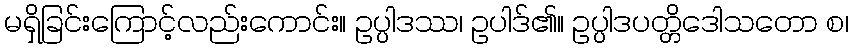
မရှိခြင်းကြောင့်လည်းကောင်း။ ဥပ္ပါဒဿ၊ ဥပါဒ်၏။ ဥပ္ပါဒပတ္တိဒေါသတော စ၊